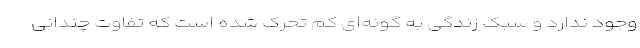
وجود ندارد و سبک زندگی به گونه‌ای کم تحرک شده است که تفاوت چندانی